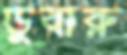
ডুবারু